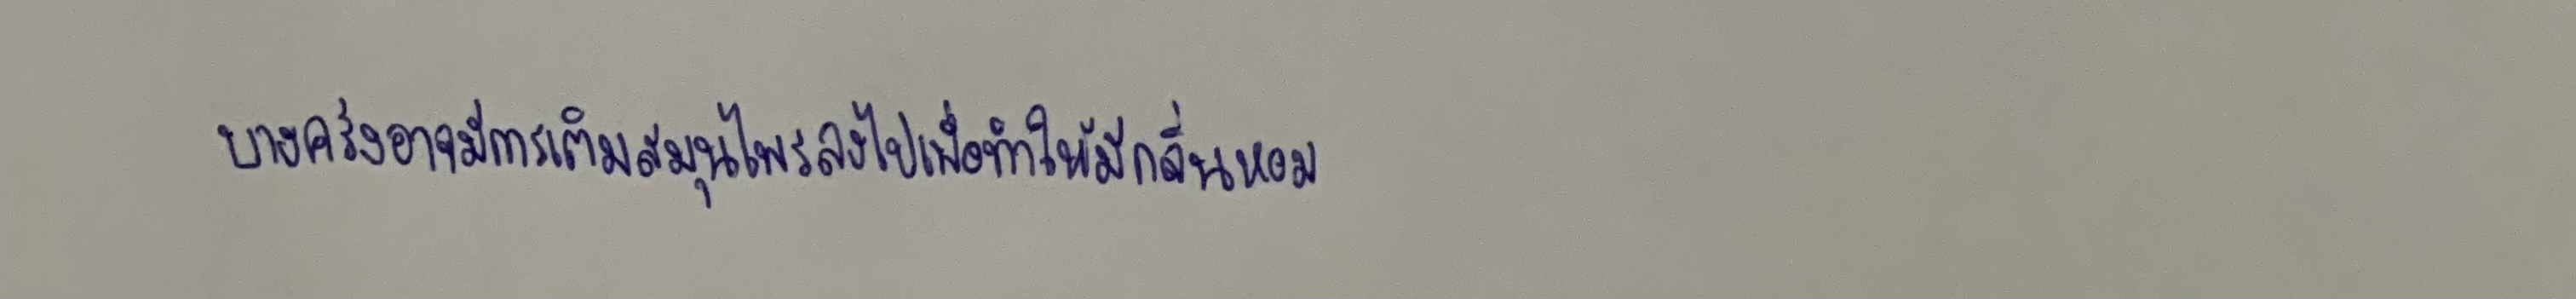
บางครั้งอาจมีการเติมสมุนไพรลงไปเพื่อทำให้มีกลิ่นหอม